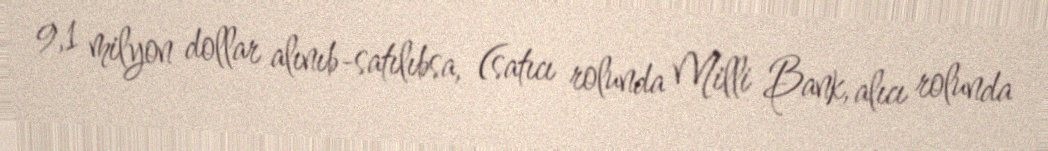
9,1 milyon dollar alınıb-satılıbsa, (satıcı rolunda Milli Bank, alıcı rolunda